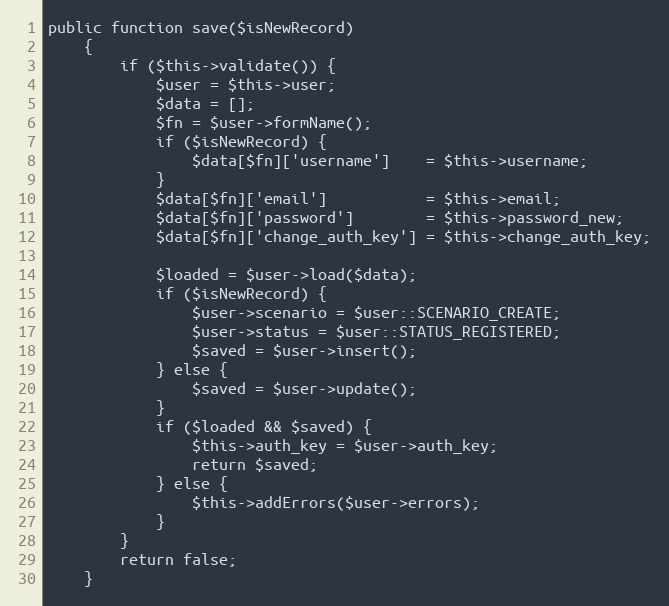
Language: PHP
public function save($isNewRecord)
    {
        if ($this->validate()) {
            $user = $this->user;
            $data = [];
            $fn = $user->formName();
            if ($isNewRecord) {
                $data[$fn]['username']    = $this->username;
            }
            $data[$fn]['email']           = $this->email;
            $data[$fn]['password']        = $this->password_new;
            $data[$fn]['change_auth_key'] = $this->change_auth_key;

            $loaded = $user->load($data);
            if ($isNewRecord) {
                $user->scenario = $user::SCENARIO_CREATE;
                $user->status = $user::STATUS_REGISTERED;
                $saved = $user->insert();
            } else {
                $saved = $user->update();
            }
            if ($loaded && $saved) {
                $this->auth_key = $user->auth_key;
                return $saved;
            } else {
                $this->addErrors($user->errors);
            }
        }
        return false;
    }